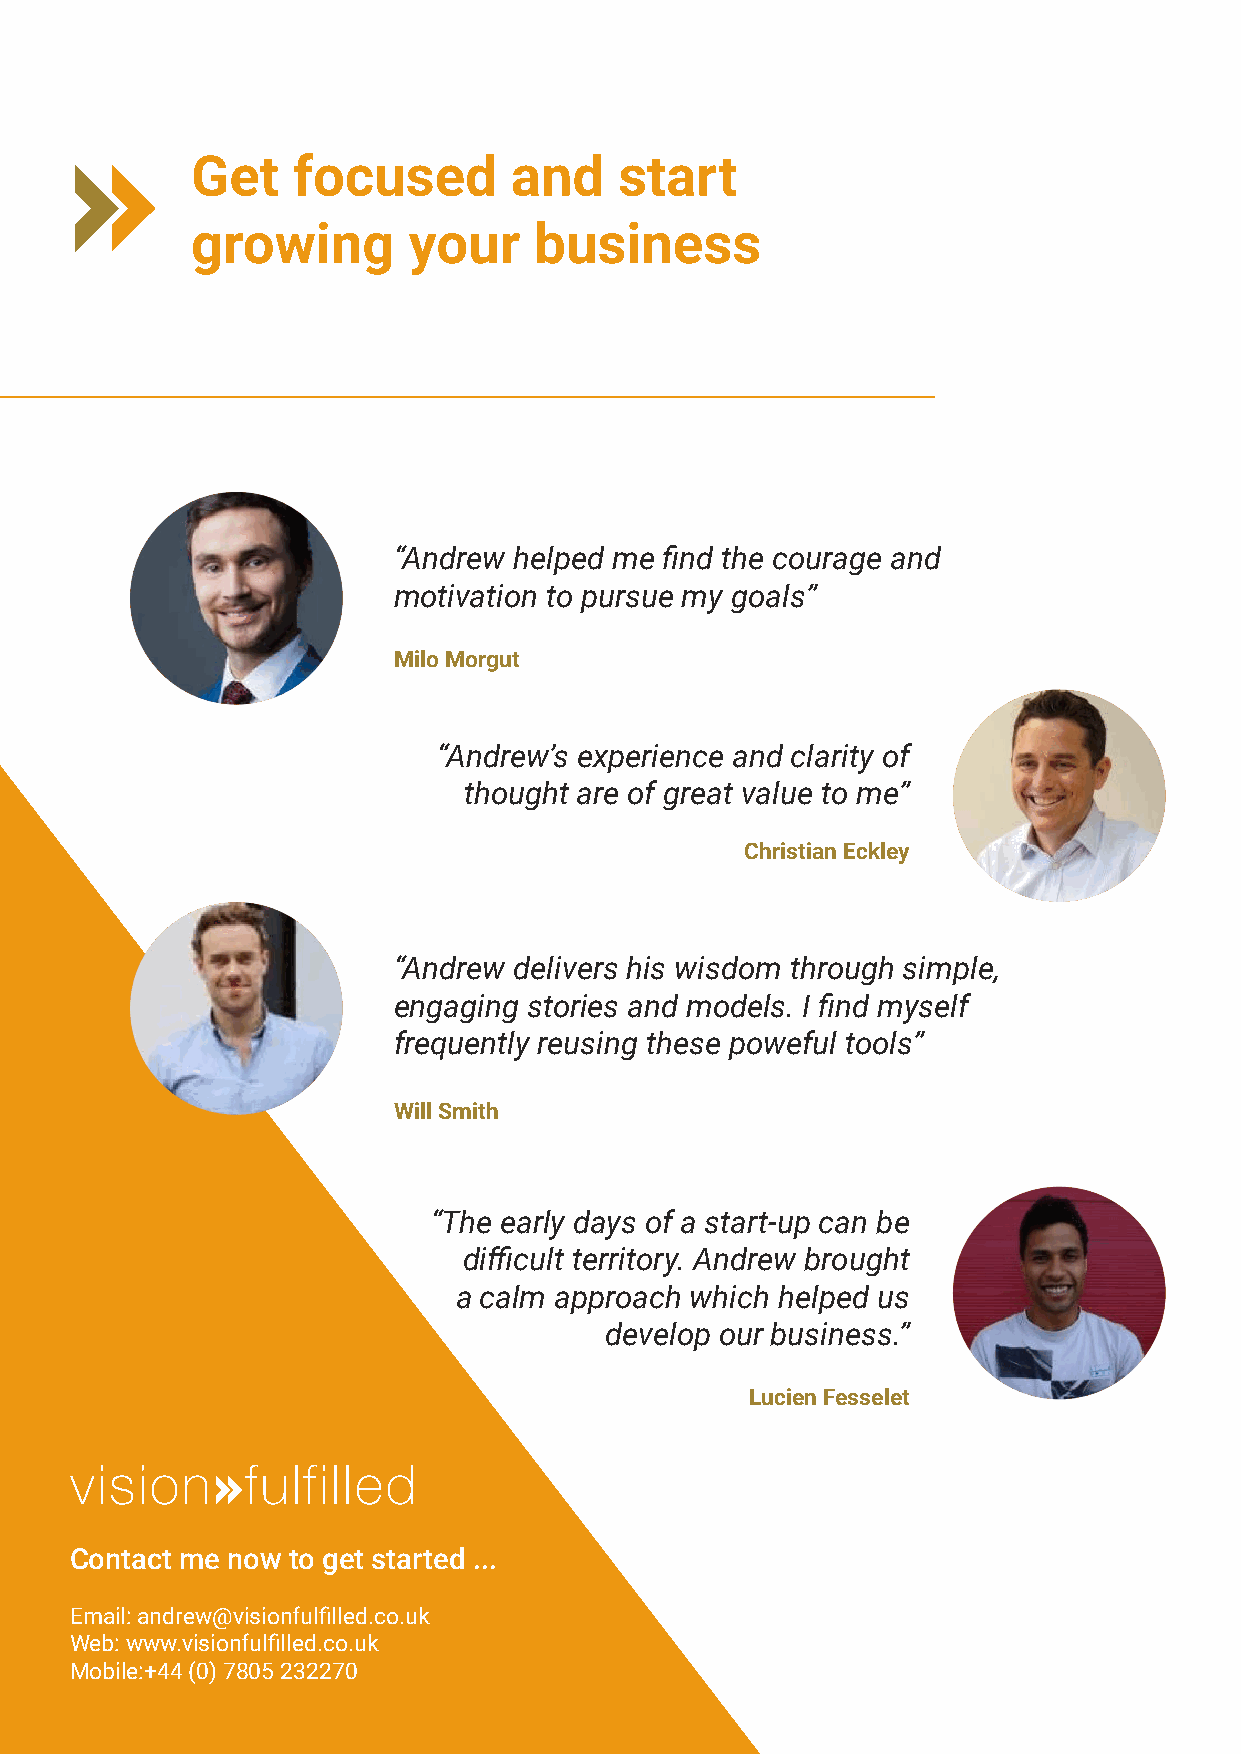
Get   focused        and    start
 growing       your    business
 “Andrew helped me find the courage and
 motivation to pursue my goals”
 Milo Morgut
 “Andrew’s experience and clarity of
 thought are of great value to me”
 Christian Eckley
 “Andrew delivers his wisdom through simple,
 engaging stories and models. I find myself
 frequently reusing these poweful tools”
 Will Smith
 “The early days of a start-up can be
 difficult territory. Andrew brought
 a calm approach which helped us
 develop our business.”
 Lucien Fesselet
 Contact me now to get started ...
 Email: andrew@visionfulfilled.co.uk
 Web: www.visionfulfilled.co.uk
 Mobile:+44 (0) 7805 232270